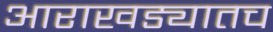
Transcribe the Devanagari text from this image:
आराखड्यातच